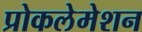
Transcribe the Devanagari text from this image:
प्रोकलेमेशन